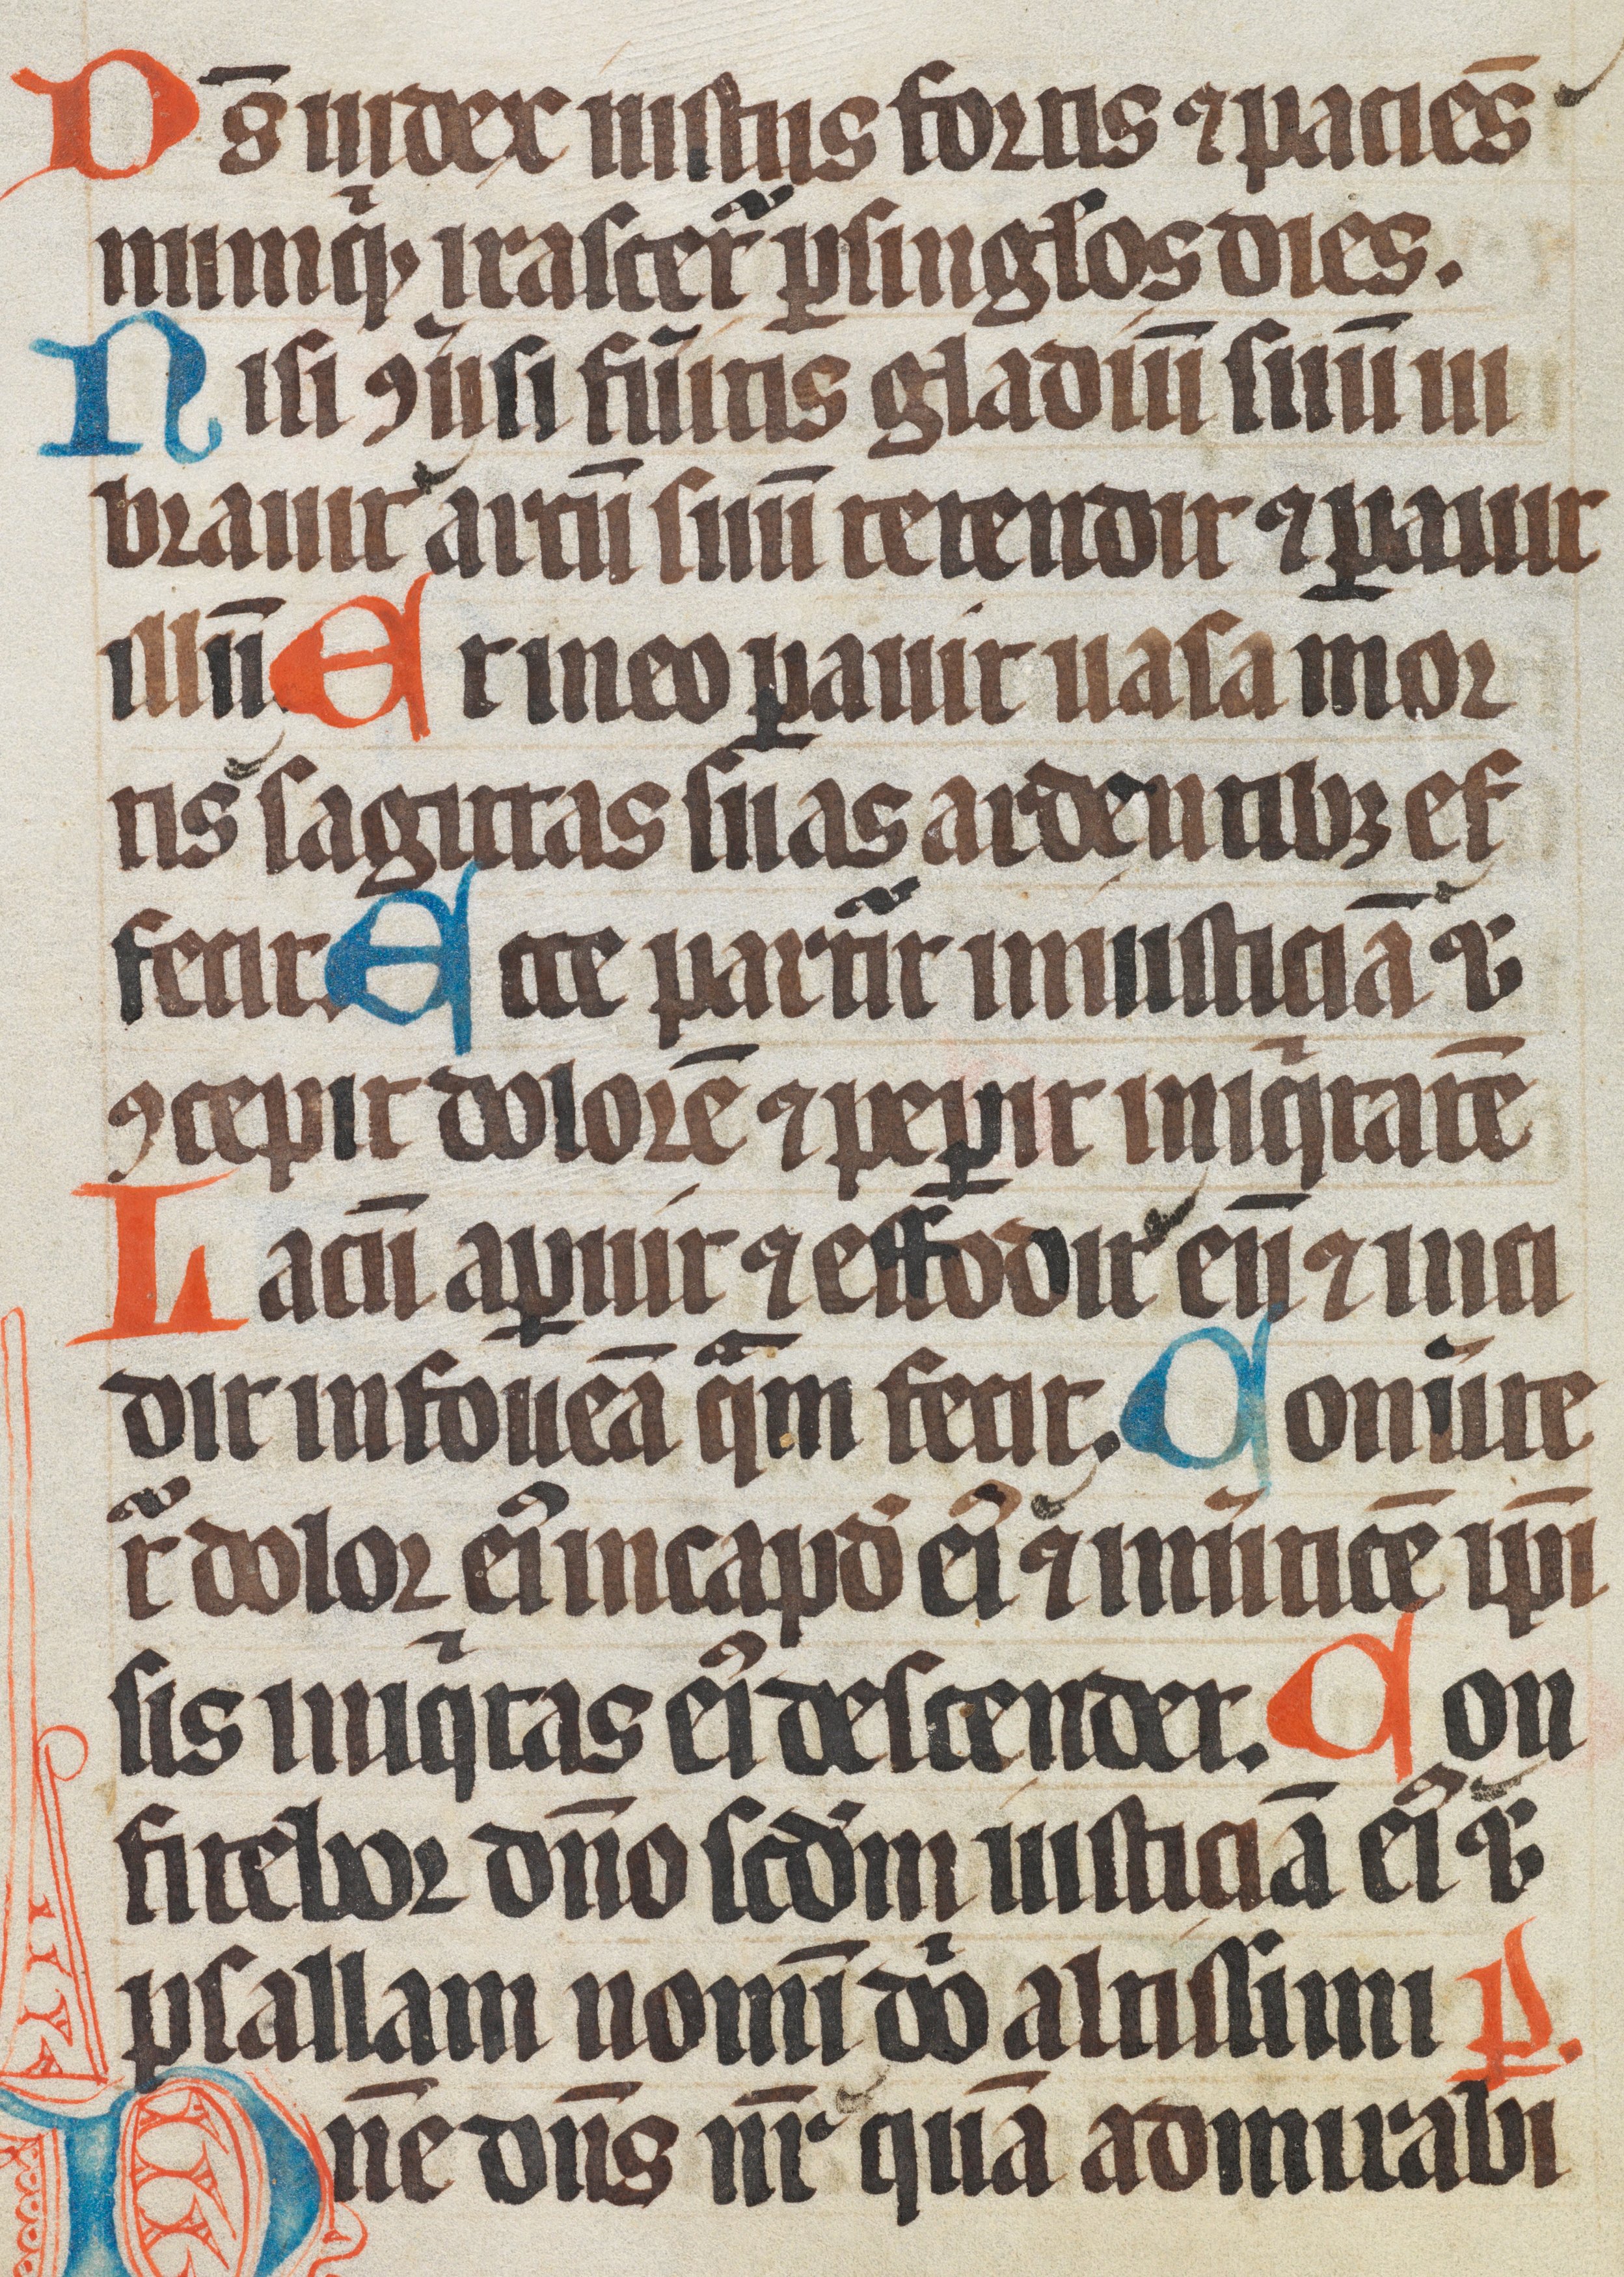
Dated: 1300–1349